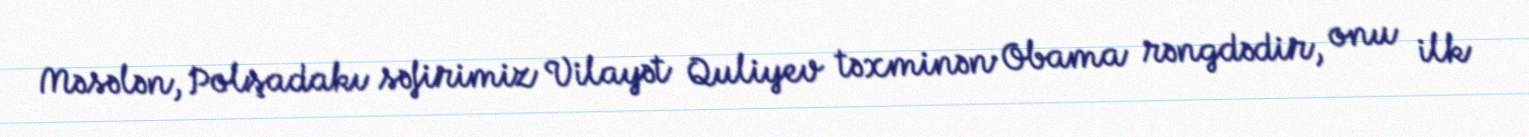
Məsələn, Polşadakı səfirimiz Vilayət Quliyev təxminən Obama rəngdədir, onu ilk